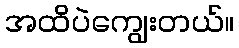
အထိပဲကျွေးတယ်။